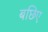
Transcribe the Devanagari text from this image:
बछिए